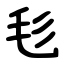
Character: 毝